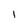
Character: l